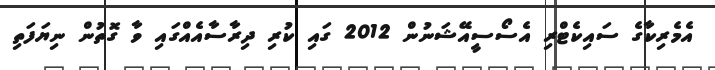
އެމެރިކާގެ ސައިކެޓްރި އެސޯސީއޭޝަނުން 2012 ގައި ކުރި ދިރާސާއެއްގައި ވާ ގޮތުން ނިޔަފަތި